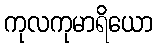
ကုလကုမာရိယော